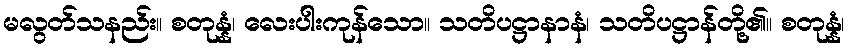
မလွတ်သနည်း။ စတုန္နံ၊ လေးပါးကုန်သော။ သတိပဋ္ဌာနာနံ၊ သတိပဋ္ဌာန်တို့၏။ စတုန္နံ၊